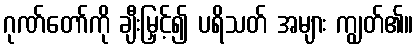
ဂုဏ်တော်ကို ချီးမြှင့်၍ ပရိသတ် အများ ကျွတ်၏။